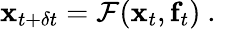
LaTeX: \mathbf{x}_{t+\delta t}=\mathcal{F}(\mathbf{x}_{t},\mathbf{f}_{t})\mathrm{~.~}